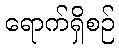
ရောက်ရှိစဉ်